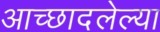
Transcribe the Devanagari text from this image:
आच्छादलेल्या